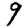
Digit: 9